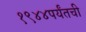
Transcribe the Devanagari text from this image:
१९४४पर्यंतची